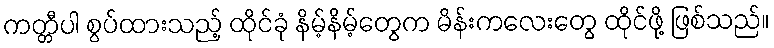
ကတ္တီပါ စွပ်ထားသည့် ထိုင်ခုံ နိမ့်နိမ့်တွေက မိန်းကလေးတွေ ထိုင်ဖို့ ဖြစ်သည်။